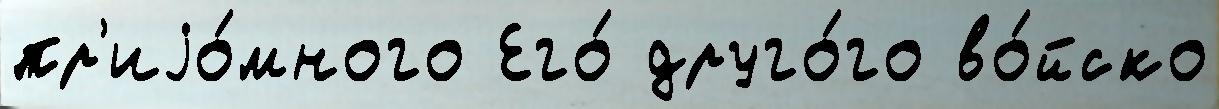
пр'иjо́много Его́ друго́го во́йско